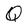
Character: Q